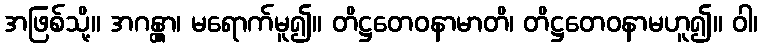
အဖြစ်သို့။ အဂန္တွာ၊ မရောက်မူ၍။ တိဋ္ဌတေဝနာမာတိ၊ တိဋ္ဌတေဝနာမဟူ၍။ ဝါ၊